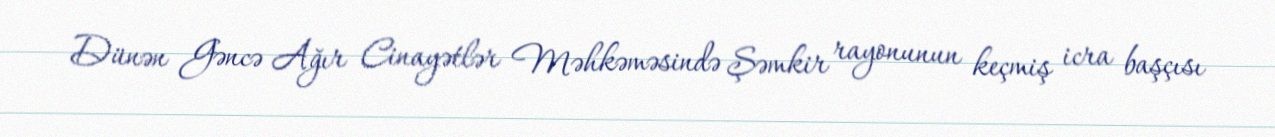
Dünən Gəncə Ağır Cinayətlər Məhkəməsində Şəmkir rayonunun keçmiş icra başçısı